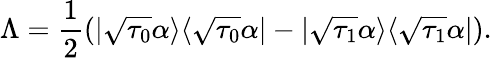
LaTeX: \Lambda=\frac{1}{2}(|\sqrt{\tau_{0}}\alpha\rangle\langle\sqrt{\tau_{0}}\alpha|-|\sqrt{\tau_{1}}\alpha\rangle\langle\sqrt{\tau_{1}}\alpha|).